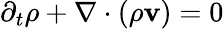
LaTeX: \partial_{t}\rho+\nabla\cdot(\rho{\mathbf{v}})=0